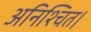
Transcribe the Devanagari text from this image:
अनिश्चित।